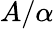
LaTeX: A/\alpha